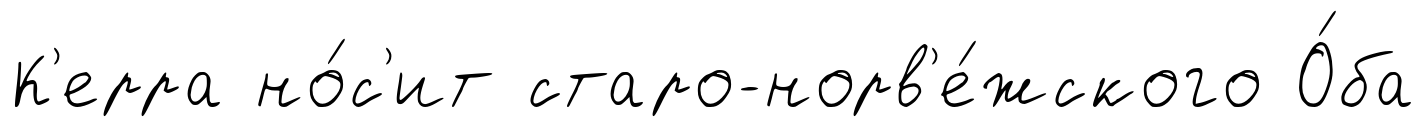
К'ерра но́с'ит старо-норв'е́жского О́ба